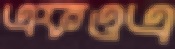
এফওএ